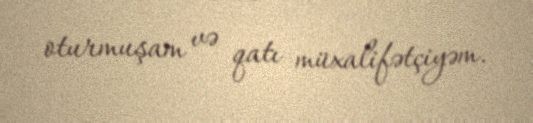
oturmuşam və qatı müxalifətçiyəm.